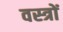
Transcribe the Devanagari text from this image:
वस्‍त्रों